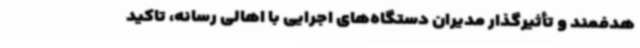
هدفمند و تأثیرگذار مدیران دستگاه‌های اجرایی با اهالی رسانه، تاکید